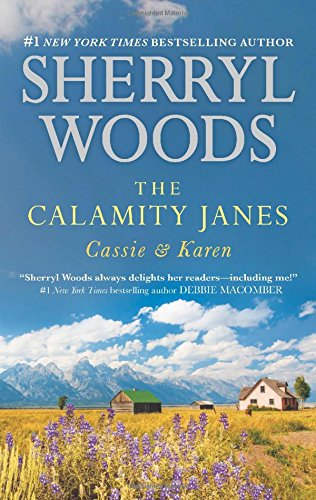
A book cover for The Calamity Janes: Cassie & Karen: Do You Take This Rebel?\Courting the Enemy; Sherryl Woods; Romance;